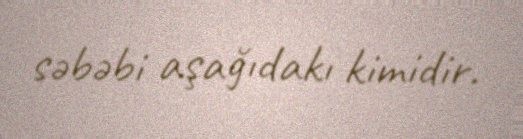
səbəbi aşağıdakı kimidir.